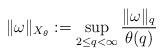
LaTeX: \begin{align*}\| \omega \|_{X_{\theta}} :=\sup_{2\le q<\infty} \frac{\|\omega\|_q} {\theta(q)}\end{align*}